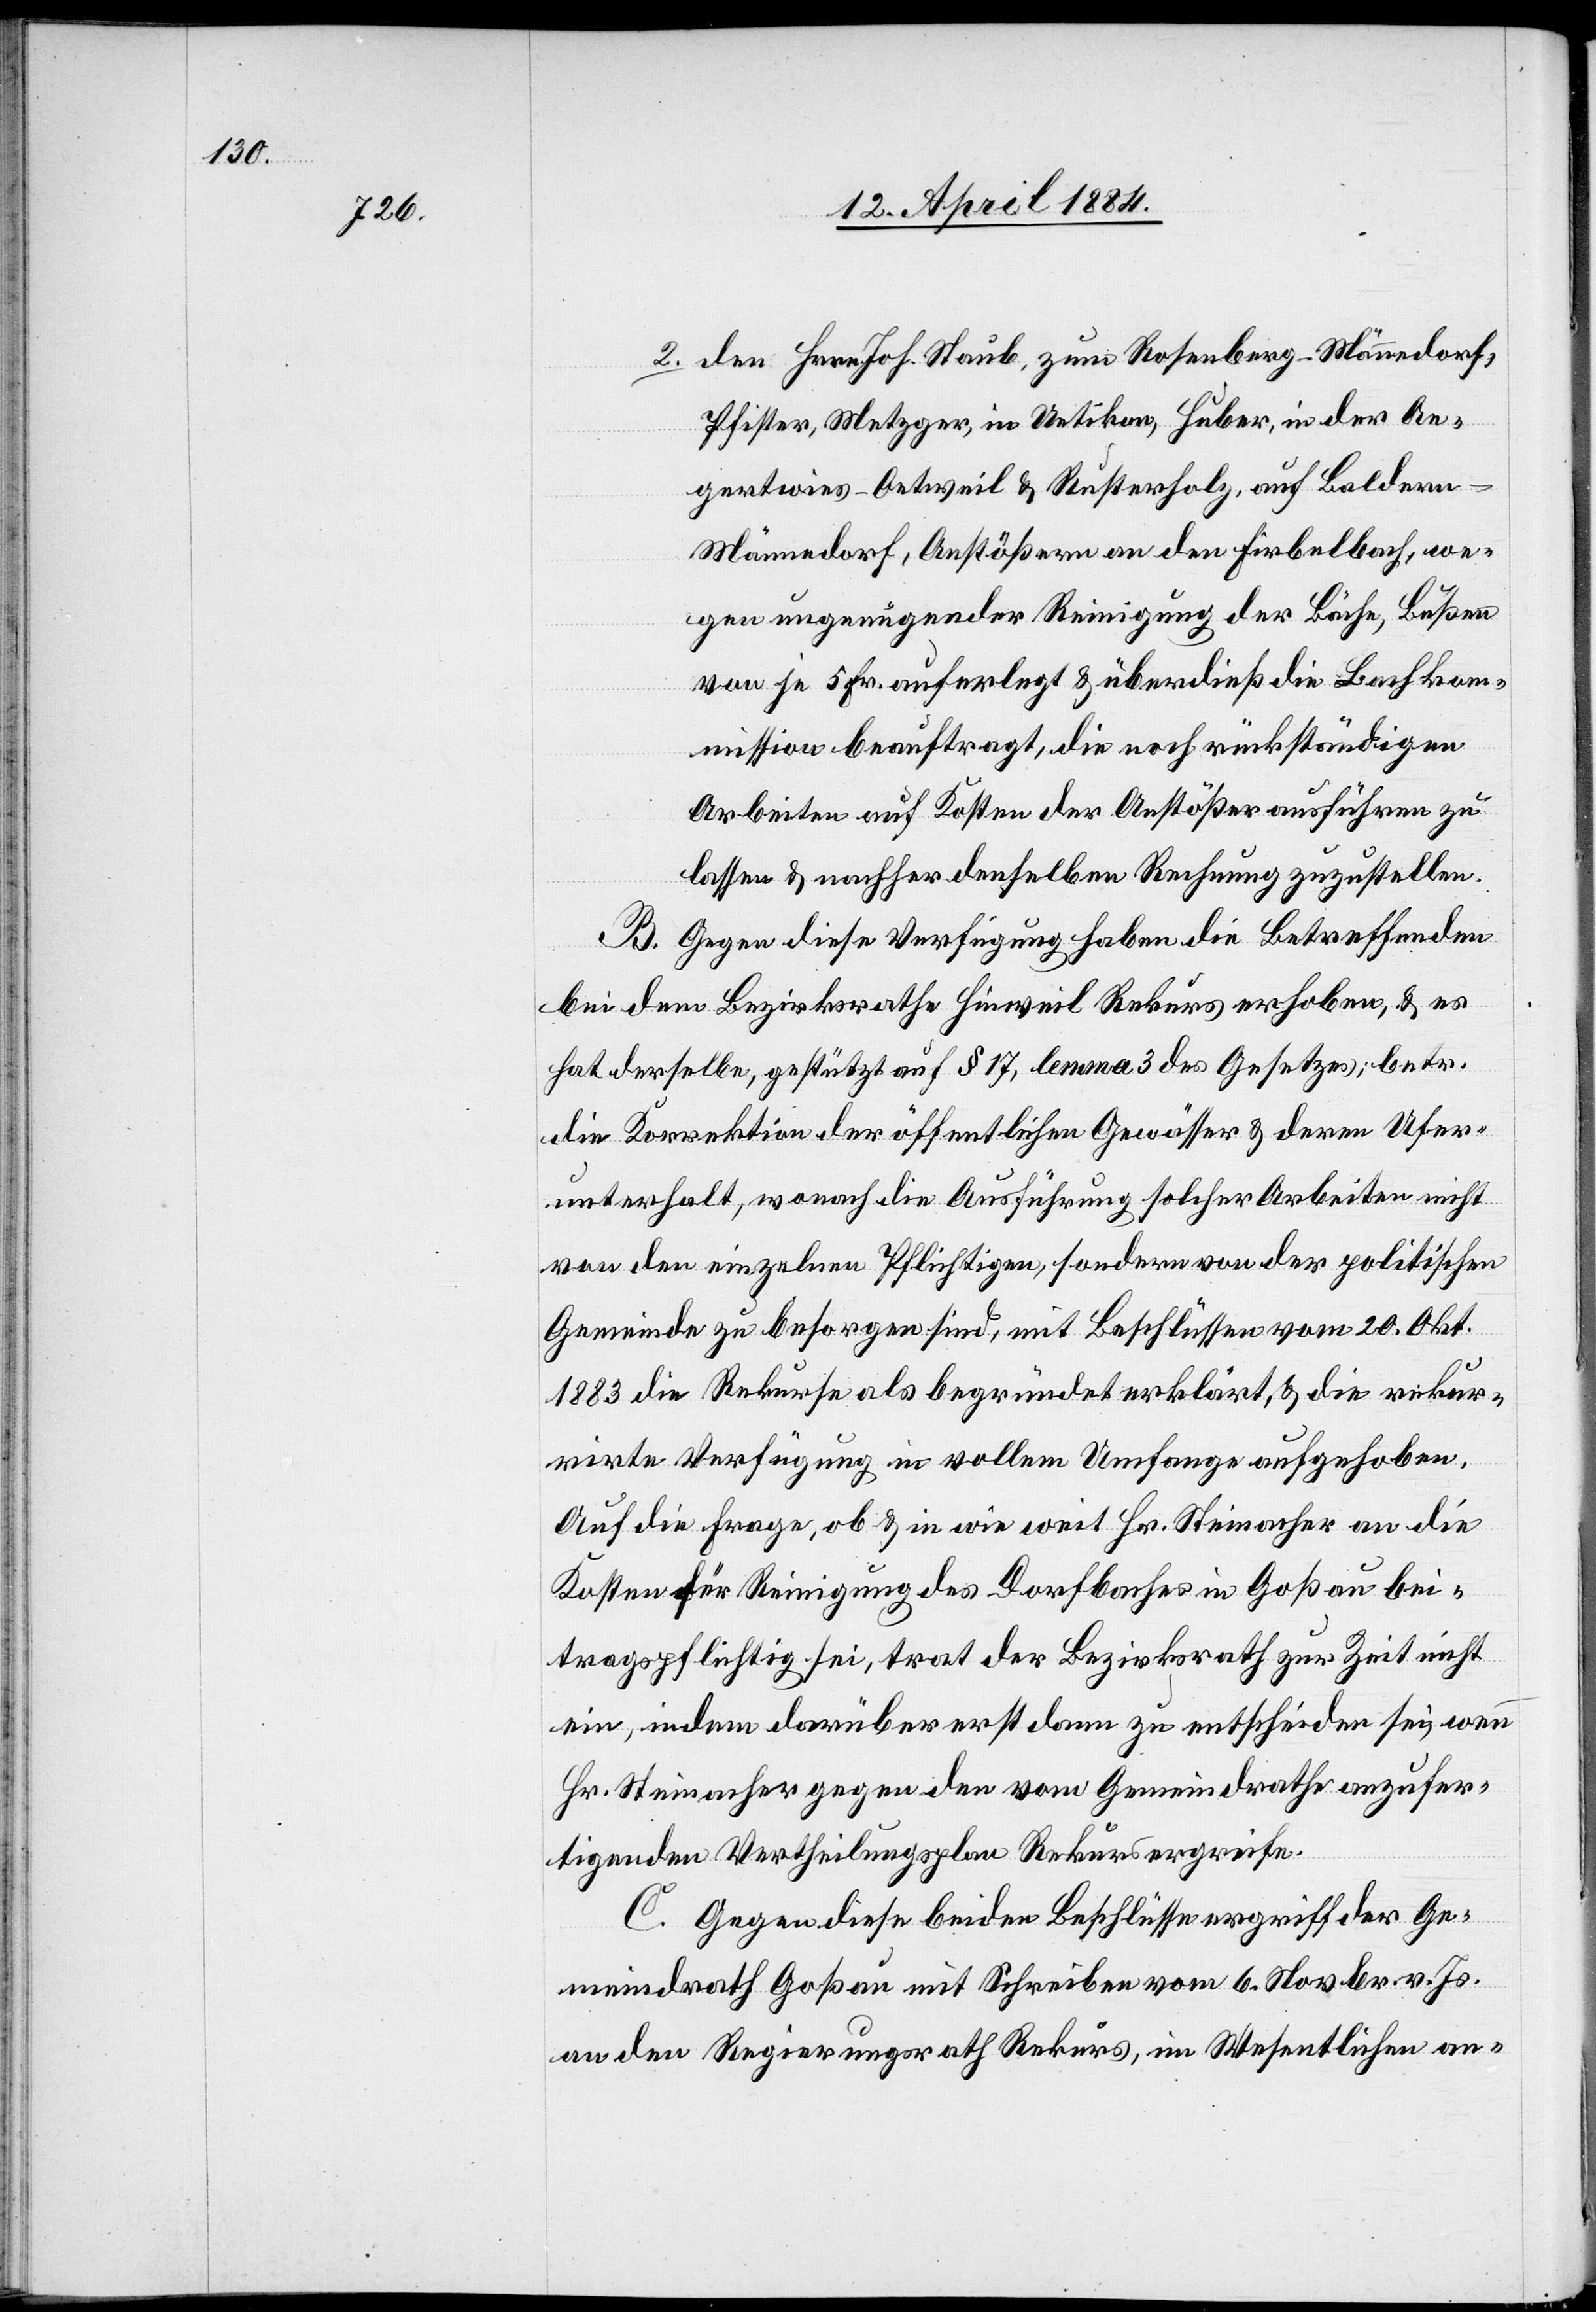
anzufer¬

2. den Herrn Joh. Staub, zum Rosenberg - Männedorf,
Pfister, Metzger, in Uetikon, Huber in der Ae¬
gertwies - Oetweil & Rusterholz, auf Boldern
Männedorf, Anstößern an den Firbelbach, we¬
gen ungenügender Reinigung der Bäche, Bußen
von je 5 Fr. auferlegt & überdieß die Bachko¬
mmission beauftragt, die noch rückständigen
Arbeiten auf Kosten der Anstößer ausführen zu
lassen & nachher denselben Rechnung zuzustellen.
B. Gegen diese Verfügung haben die Betreffenden
bei dem Bezirksrathe Hinweil Rekurs erhoben, & es
hat derselbe, gestützt auf § 17, lemma 3 des Gesetztes, betr.
die Korrektion der öffentlichen Gewässer & deren Ufer¬
unterhalt, wonach die Ausführung solcher Arbeiten nicht
von den einzelnen Pflichtigen, sondern von der politischen
Gemeinde zu besorgen sind, mit Beschlüssen vom 20. Okt.
1883 die Rekurse als begründet erklärt & die rekur¬
rirte Verfügung in vollem Umfange aufgehoben.
Auf die Frage, ob & in wieweit Hr. Steinacher an die
Kosten für Reinigung des Dorfbaches in Goßau bei¬
tragspflichtig sei, wenn Hr. Steinacher gegen den
tigenden Vertheilungsplan Rekurs ergreife.
C. Gegen diese beiden Beschlüsse ergriff der Ge¬
meindrath Goßau mit Schreiben vom 6. Novbr. v. Js.
an den Regierungsrath Rekurs, im Wesentlichen an-